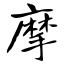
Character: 摩